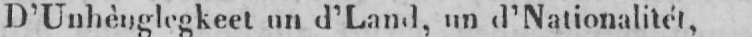
D’Unhènglegkeet un d’Land, un d’Nationalitét,